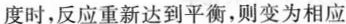
度时，反应重新达到平衡，则变为相应